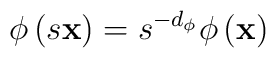
\phi \left( s{\bf x}\right) =s^{-d_{\phi }}\phi \left( {\bf x}\right)